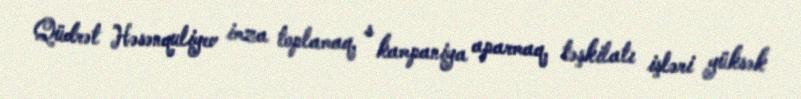
Qüdrət Həsənquliyev imza toplamaq, s kampaniya aparmaq, təşkilatı işləri yüksək